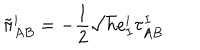
LaTeX: \tilde { \pi } _ { A B } ^ { i } = - \frac { 1 } { 2 } \sqrt { h } e _ { I } ^ { i } \tau _ { A B } ^ { I }